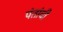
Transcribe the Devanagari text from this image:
पंतांची